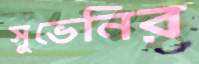
সুভেনির